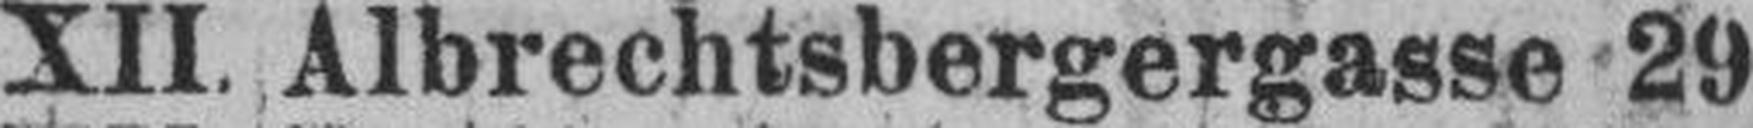
XII. Albrechtsbergergasse 29